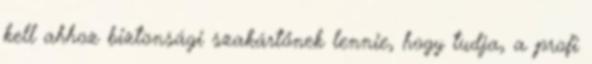
kell ahhoz biztonsági szakártőnek lennie, hogy tudja, a profi